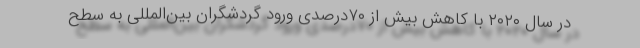
در سال ۲۰۲۰ با کاهش بیش از ۷۰درصدی ورود گردشگران بین‌المللی به سطح